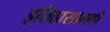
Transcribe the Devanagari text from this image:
इतिहासामधे